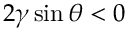
2 \gamma \sin \theta < 0